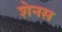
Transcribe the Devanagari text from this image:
शेनस